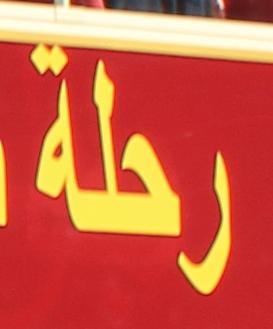
رحلة